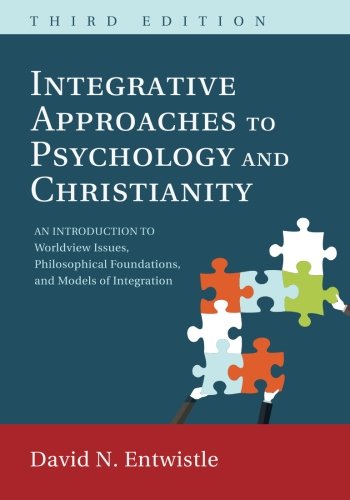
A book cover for Integrative Approaches to Psychology and Christianity, 3rd edition: An Introduction to Worldview Issues, Philosophical Foundations, and Models of Integraiton; David N. Entwistle; Religion & Spirituality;